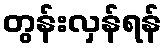
တွန်းလှန်ရန်